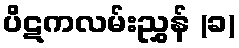
ပိဋကလမ်းညွှန် (ခ)